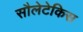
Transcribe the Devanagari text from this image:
सौलेटेकिस